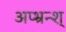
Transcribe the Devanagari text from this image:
अप्भ्रन्श्